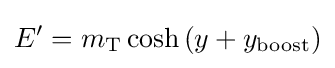
E'=m_{\text{T}}\cosh {\left(y+y_{\mathrm {boost} }\right)}